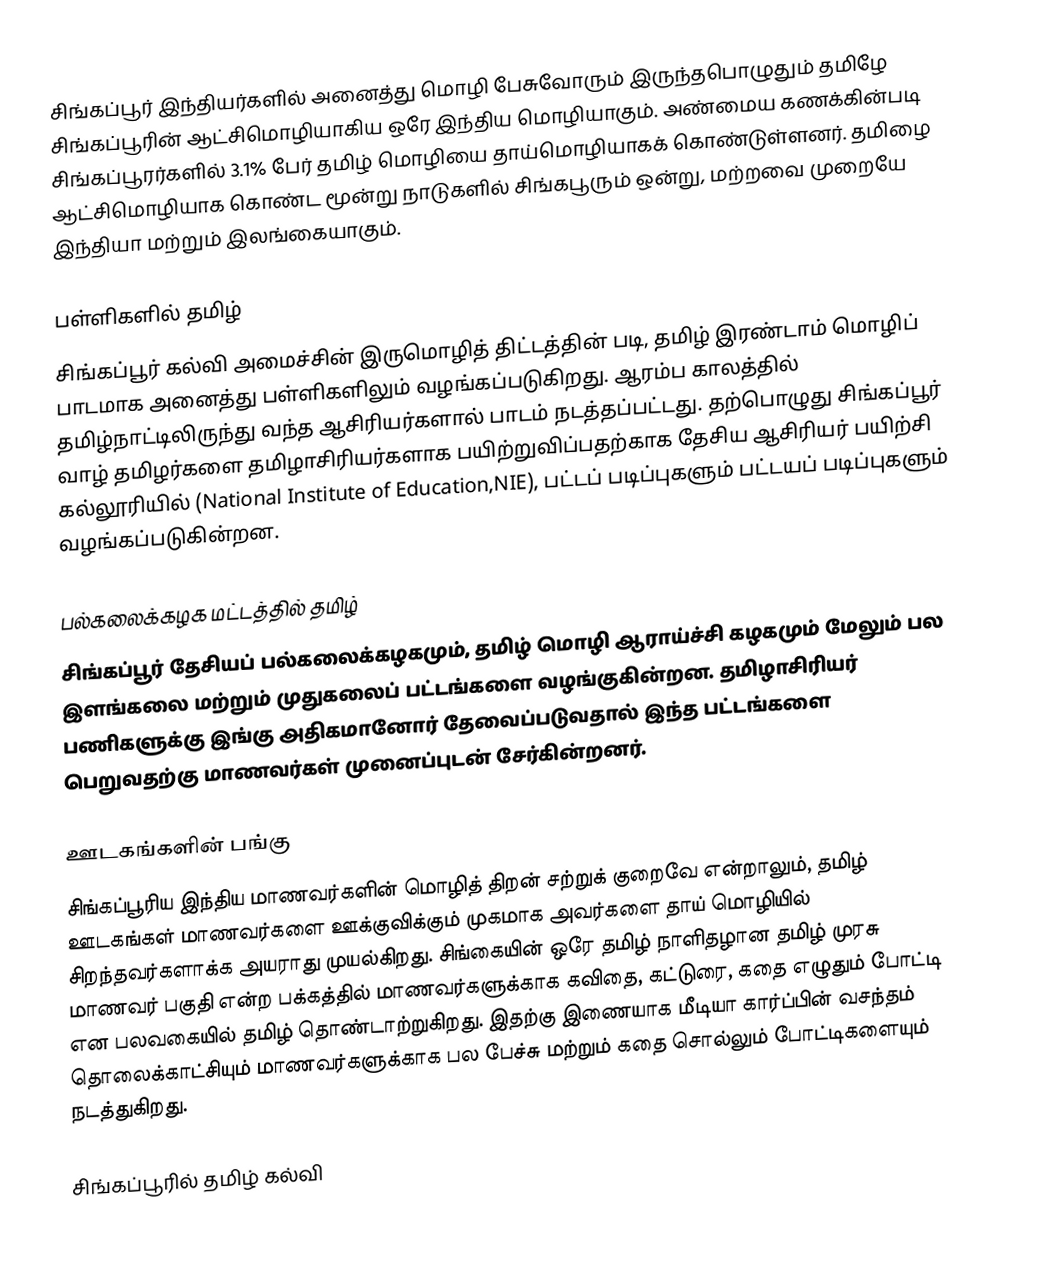
சிங்கப்பூர் இந்தியர்களில் அனைத்து மொழி பேசுவோரும் இருந்தபொழுதும் தமிழே சிங்கப்பூரின் ஆட்சிமொழியாகிய ஒரே இந்திய மொழியாகும். அண்மைய கணக்கின்படி சிங்கப்பூரர்களில் 3.1% பேர் தமிழ் மொழியை தாய்மொழியாகக் கொண்டுள்ளனர். தமிழை ஆட்சிமொழியாக கொண்ட மூன்று நாடுகளில் சிங்கபூரும் ஒன்று, மற்றவை முறையே இந்தியா மற்றும் இலங்கையாகும்.

பள்ளிகளில் தமிழ்
சிங்கப்பூர் கல்வி அமைச்சின் இருமொழித் திட்டத்தின் படி, தமிழ் இரண்டாம் மொழிப் பாடமாக அனைத்து பள்ளிகளிலும் வழங்கப்படுகிறது. ஆரம்ப காலத்தில் தமிழ்நாட்டிலிருந்து வந்த ஆசிரியர்களால் பாடம் நடத்தப்பட்டது. தற்பொழுது சிங்கப்பூர் வாழ் தமிழர்களை தமிழாசிரியர்களாக பயிற்றுவிப்பதற்காக தேசிய ஆசிரியர் பயிற்சி கல்லூரியில் (National Institute of Education,NIE), பட்டப் படிப்புகளும் பட்டயப் படிப்புகளும் வழங்கப்படுகின்றன.

பல்கலைக்கழக மட்டத்தில் தமிழ்
சிங்கப்பூர் தேசியப் பல்கலைக்கழகமும், தமிழ் மொழி ஆராய்ச்சி கழகமும் மேலும் பல இளங்கலை மற்றும் முதுகலைப் பட்டங்களை வழங்குகின்றன. தமிழாசிரியர் பணிகளுக்கு இங்கு அதிகமானோர் தேவைப்படுவதால் இந்த பட்டங்களை பெறுவதற்கு மாணவர்கள் முனைப்புடன் சேர்கின்றனர்.

ஊடகங்களின் பங்கு
சிங்கப்பூரிய இந்திய மாணவர்களின் மொழித் திறன் சற்றுக் குறைவே என்றாலும், தமிழ் ஊடகங்கள் மாணவர்களை ஊக்குவிக்கும் முகமாக அவர்களை தாய் மொழியில் சிறந்தவர்களாக்க அயராது முயல்கிறது. சிங்கையின் ஒரே தமிழ் நாளிதழான தமிழ் முரசு மாணவர் பகுதி என்ற பக்கத்தில் மாணவர்களுக்காக கவிதை, கட்டுரை, கதை எழுதும் போட்டி என பலவகையில் தமிழ் தொண்டாற்றுகிறது. இதற்கு இணையாக மீடியா கார்ப்பின் வசந்தம் தொலைக்காட்சியும் மாணவர்களுக்காக பல பேச்சு மற்றும் கதை சொல்லும் போட்டிகளையும் நடத்துகிறது.

சிங்கப்பூரில் தமிழ் கல்வி